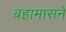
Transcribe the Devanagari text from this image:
बहामासने